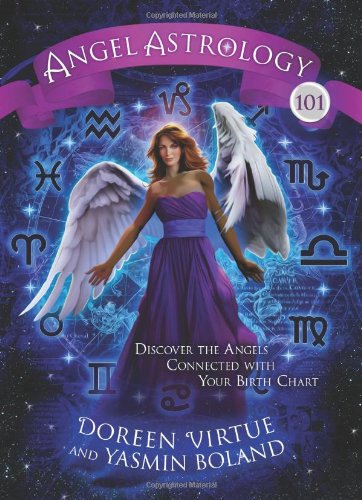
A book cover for Angel Astrology 101: Discover the Angels Connected with Your Birth Chart; Doreen Virtue; Religion & Spirituality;